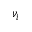
\nu _ { i }